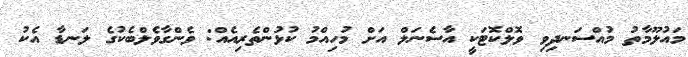
މައުލޫމާތު މުއްސަނދިވި ވޮލްކޮޓަކީ އާސެނަލް އަށް މުހިއްމު ކުޅުންތެރިއެއް: ވެންގާވެލްބެކުގެ ލަނޑާ އެކު